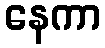
နေကာ